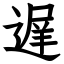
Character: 遅